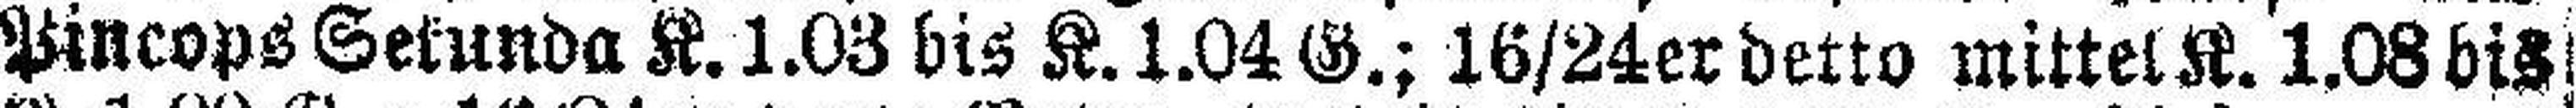
Pincops Sekunda K. 1.03 bis K. 1.04 G.; 16/24er detto mittel K. 1.08 bis